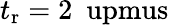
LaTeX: t_{\mathrm{r}}=2~\mathrm{\ upmus}